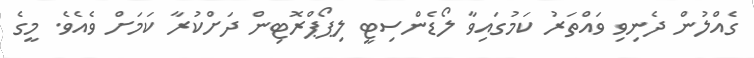
ގެއްލުން ދެނިވި ވައްތަރު ކަމުގައިވާ ލޯޑެންސިޓީ ލިޕޯޕްރޮޓިން ދަށްކުރާ ކަމަށް ވެއެވެ. މީގެ